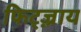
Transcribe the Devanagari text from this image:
फिट्ज़्राय